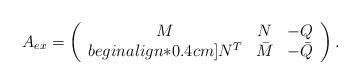
LaTeX: \begin{align*}A_{ex}=\left(\begin{array}{ccc}M& N& -Q\\begin{align*}0.4cm]N^T& \bar M& -\bar Q\end{array}\right).\end{align*}